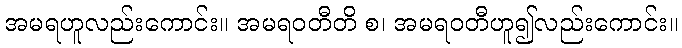
အမရဟူလည်းကောင်း။ အမရဝတီတိ စ၊ အမရဝတီဟူ၍လည်းကောင်း။